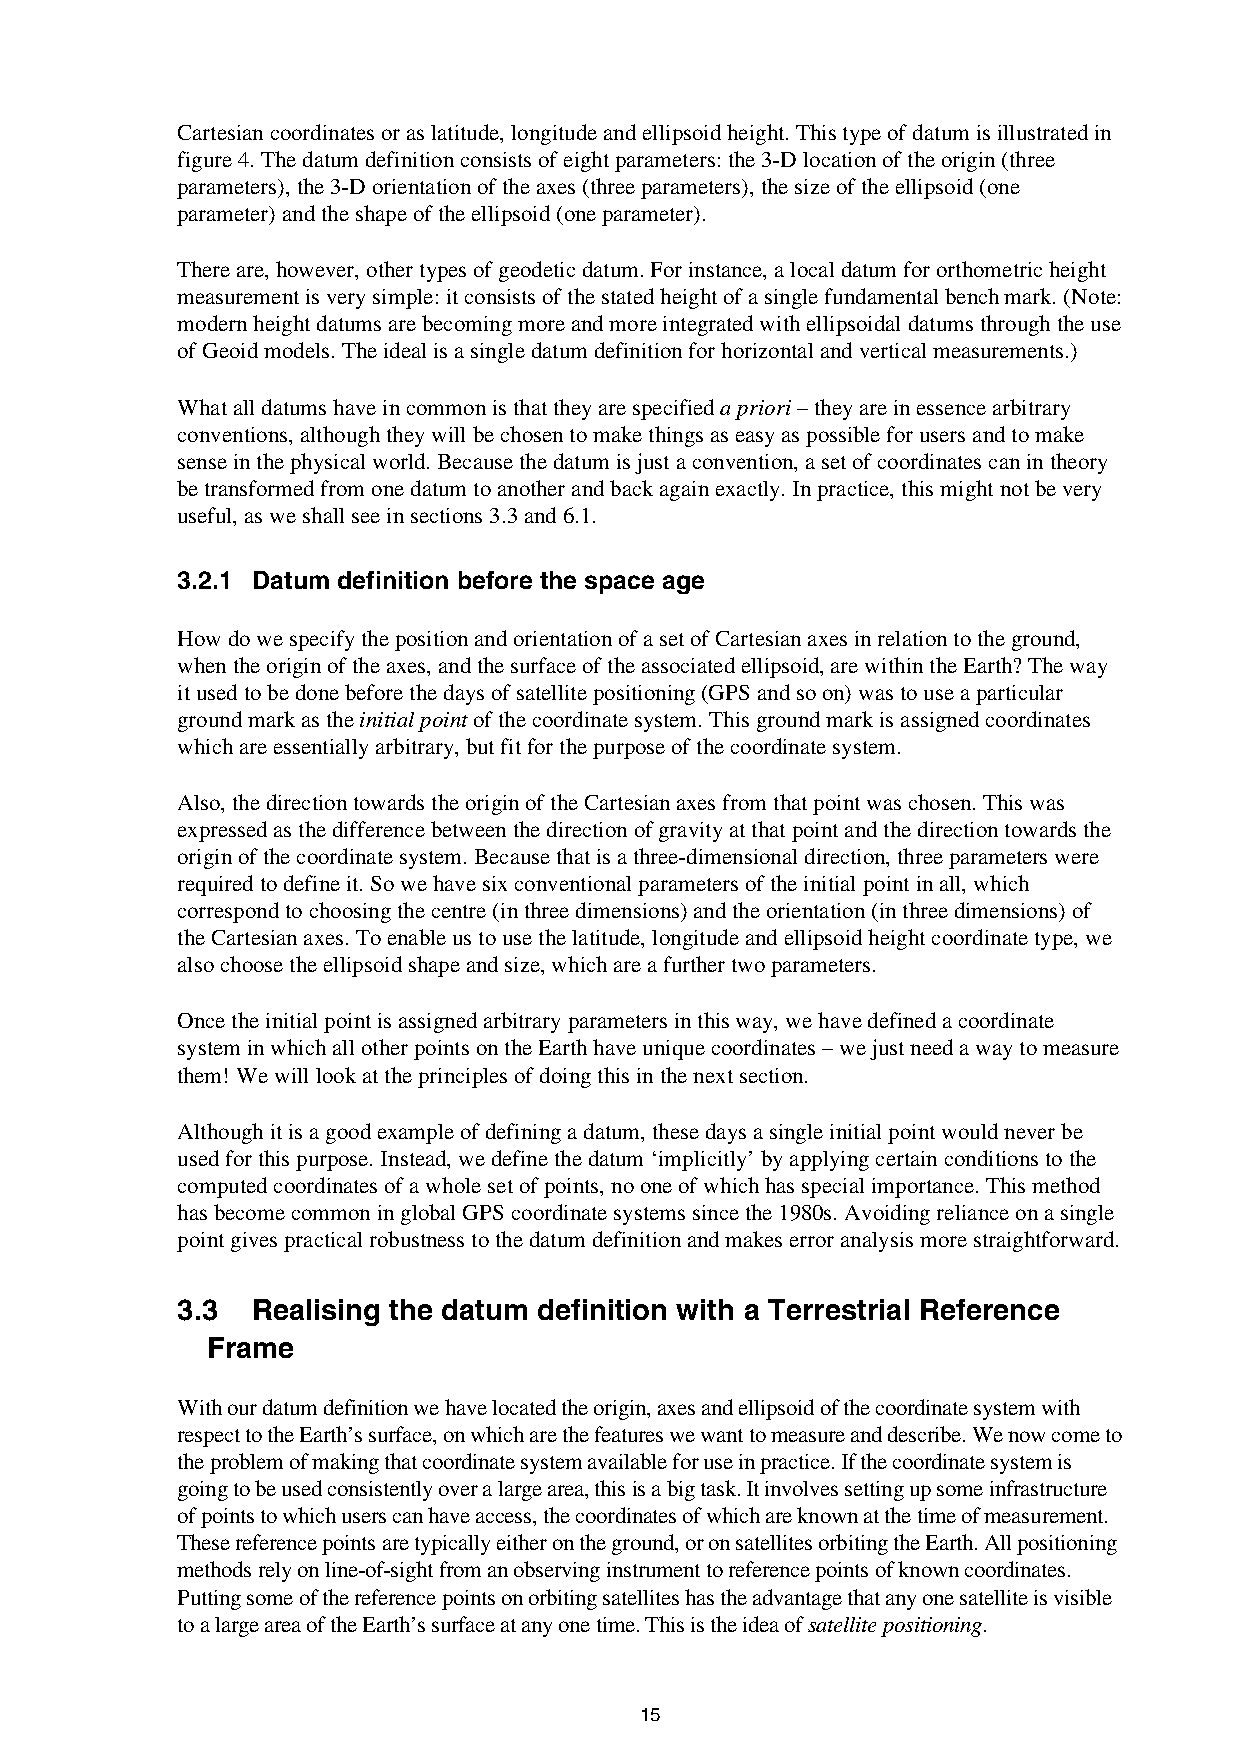
Cartesian coordinates or as latitude, longitude and ellipsoid height. This type of datum is illustrated in
 figure 4. The datum definition consists of eight parameters: the 3-D location of the origin (three
 parameters), the 3-D orientation of the axes (three parameters), the size of the ellipsoid (one
 parameter) and the shape of the ellipsoid (one parameter).
 There are, however, other types of geodetic datum. For instance, a local datum for orthometric height
 measurement is very simple: it consists of the stated height of a single fundamental bench mark. (Note:
 modern height datums are becoming more and more integrated with ellipsoidal datums through the use
 of Geoid models. The ideal is a single datum definition for horizontal and vertical measurements.)
 What all datums have in common is that they are specified a priori – they are in essence arbitrary
 conventions, although they will be chosen to make things as easy as possible for users and to make
 sense in the physical world. Because the datum is just a convention, a set of coordinates can in theory
 be transformed from one datum to another and back again exactly. In practice, this might not be very
 useful, as we shall see in sections 3.3 and 6.1.
 3.2.1 Datum definition before the space age
 How do we specify the position and orientation of a set of Cartesian axes in relation to the ground,
 when the origin of the axes, and the surface of the associated ellipsoid, are within the Earth? The way
 it used to be done before the days of satellite positioning (GPS and so on) was to use a particular
 ground mark as the initial point of the coordinate system. This ground mark is assigned coordinates
 which are essentially arbitrary, but fit for the purpose of the coordinate system.
 Also, the direction towards the origin of the Cartesian axes from that point was chosen. This was
 expressed as the difference between the direction of gravity at that point and the direction towards the
 origin of the coordinate system. Because that is a three-dimensional direction, three parameters were
 required to define it. So we have six conventional parameters of the initial point in all, which
 correspond to choosing the centre (in three dimensions) and the orientation (in three dimensions) of
 the Cartesian axes. To enable us to use the latitude, longitude and ellipsoid height coordinate type, we
 also choose the ellipsoid shape and size, which are a further two parameters.
 Once the initial point is assigned arbitrary parameters in this way, we have defined a coordinate
 system in which all other points on the Earth have unique coordinates – we just need a way to measure
 them! We will look at the principles of doing this in the next section.
 Although it is a good example of defining a datum, these days a single initial point would never be
 used for this purpose. Instead, we define the datum ‘implicitly’ by applying certain conditions to the
 computed coordinates of a whole set of points, no one of which has special importance. This method
 has become common in global GPS coordinate systems since the 1980s. Avoiding reliance on a single
 point gives practical robustness to the datum definition and makes error analysis more straightforward.
 3.3  Realising the datum definition with a Terrestrial Reference
 Frame
 With our datum definition we have located the origin, axes and ellipsoid of the coordinate system with
 respect to the Earth’s surface, on which are the features we want to measure and describe. We now come to
 the problem of making that coordinate system available for use in practice. If the coordinate system is
 going to be used consistently over a large area, this is a big task. It involves setting up some infrastructure
 of points to which users can have access, the coordinates of which are known at the time of measurement.
 These reference points are typically either on the ground, or on satellites orbiting the Earth. All positioning
 methods rely on line-of-sight from an observing instrument to reference points of known coordinates.
 Putting some of the reference points on orbiting satellites has the advantage that any one satellite is visible
 to a large area of the Earth’s surface at any one time. This is the idea of satellite positioning.
 15